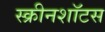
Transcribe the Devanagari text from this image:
स्क्रीनशॉटस